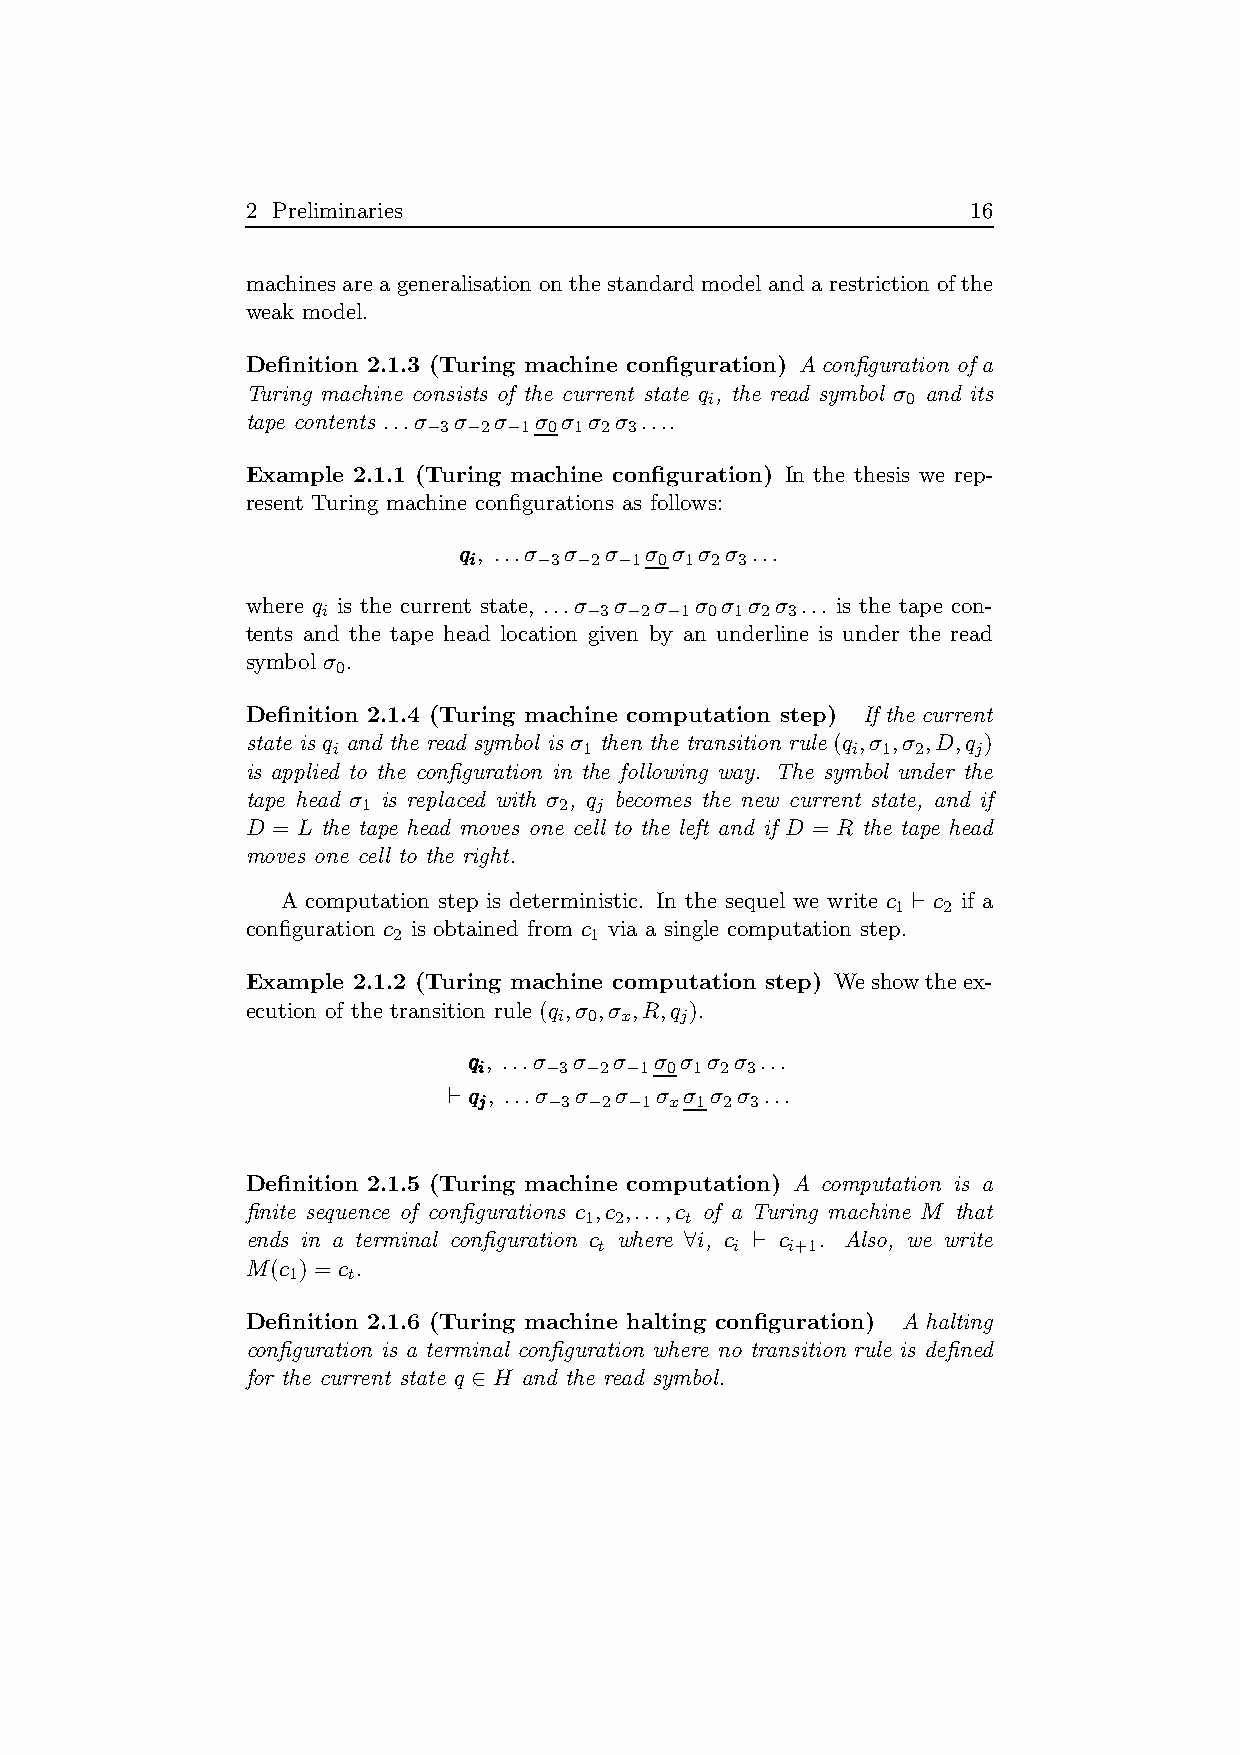
2 Preliminaries                                 16
 machines are a generalisation on the standard modeland a restriction of the
 weak model.
 Definition 2.1.3 (Turing machine configuration) Aconfiguration of a
 Turing machine consists of the current state q , the read symbol σ and its
 i            0
 tape contents ...σ σ σ σ σ σ σ ....
 −3 −2 −1 0 1 2 3
 Example 2.1.1 (Turing machine configuration) In the thesis we rep-
 resent Turing machine configurations as follows:
 qqq , ...σ σ σ σ σ σ σ ...
 iii  −3 −2 −1 0 1 2 3
 where q is the current state, ...σ σ σ σ σ σ σ ... is the tape con-
 i                 −3 −2 −1 0 1 2 3
 tents and the tape head location given by an underline is under the read
 symbol σ .
 0
 Definition 2.1.4 (Turing machine computation step) If the current
 state is q and the read symbol is σ then the transition rule (q ,σ ,σ ,D,q )
 i                1                i 1  2   j
 is applied to the configuration in the following way. The symbol under the
 tape head σ is replaced with σ , q becomes the new current state, and if
 1            2 j
 D = L the tape head moves one cell to the left and if D = R the tape head
 moves one cell to the right.
 A computation step is deterministic. In the sequel we write c ⊢ c if a
 1  2
 configuration c is obtained from c via a single computation step.
 2            1
 Example 2.1.2 (Turing machine computation step) Weshowtheex-
 ecution of the transition rule (q ,σ ,σ ,R,q ).
 i 0 x   j
 qqq , ...σ σ σ σ σ σ σ ...
 iii −3 −2 −1 0 1 2 3
 ⊢qqq , ...σ σ σ σ σ σ σ ...
 jjj −3 −2 −1 x 1 2 3
 Definition 2.1.5 (Turing machine computation) A computation is a
 finite sequence of configurations c ,c ,...,c of a Turing machine M that
 1 2   t
 ends in a terminal configuration c where ∀i, c ⊢ c . Also, we write
 t        i  i+1
 M(c ) = c .
 1   t
 Definition 2.1.6 (Turing machine halting configuration) A halting
 configuration is a terminal configuration where no transition rule is defined
 for the current state q ∈ H and the read symbol.